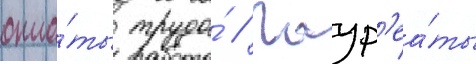
опла́ты труда́ // Лаур'еа́ты